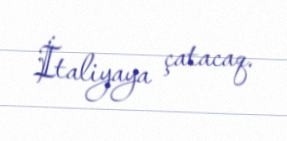
İtaliyaya çatacaq.